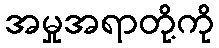
အမှုအရာတို့ကို